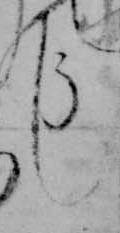
し